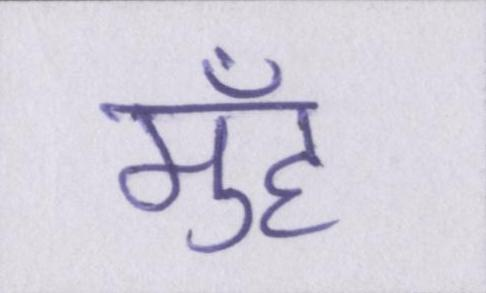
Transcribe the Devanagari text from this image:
मुँह